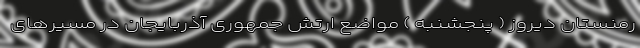
رمنستان دیروز ( پنجشنبه ) مواضع ارتش جمهوری آذربایجان در مسیرهای